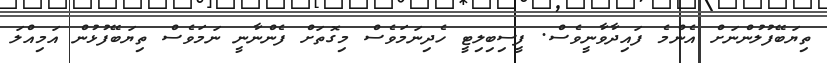
ތިޔަބޭފުލުންނަށް އެންމެ ފައިދާވާނީވެސް. ފީސިބިލިޓީ ހެދިނަމަވެސް މިގޮތަށް ފެންނާނީ ނަމަވެސް ތިޔަބޭފުޅުން އަމިއްލަ